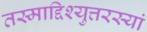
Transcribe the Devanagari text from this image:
तस्माद्दिश्युत्तरस्यां